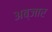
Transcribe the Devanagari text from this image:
अब्जार